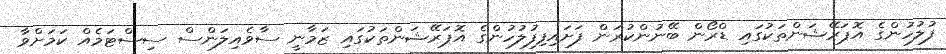
ފުލުހުންގެ އޮޕަރޭޝަންތަކުގައި ޑްރޯން ބޭނުންކުރަން ފަށައިފިފުލުހުންގެ އޮޕަރޭޝަންތަކުގައި ޒަމާނީ ސާވެއިލަންސް ސިސްޓަމެއް ކަމަށްވާ